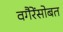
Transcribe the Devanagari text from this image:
वगैरेंसोबत